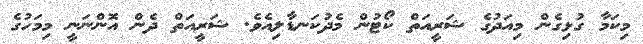
މިކަމާ ގުޅިގެން މިއަދުގެ ޝަރީއަތް ކޯޓުން މެދުކަނޑާލިއެވެ. ޝަރީއަތް ދެން އޮންނަނީ މިމަހުގެ